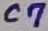
Text: C7